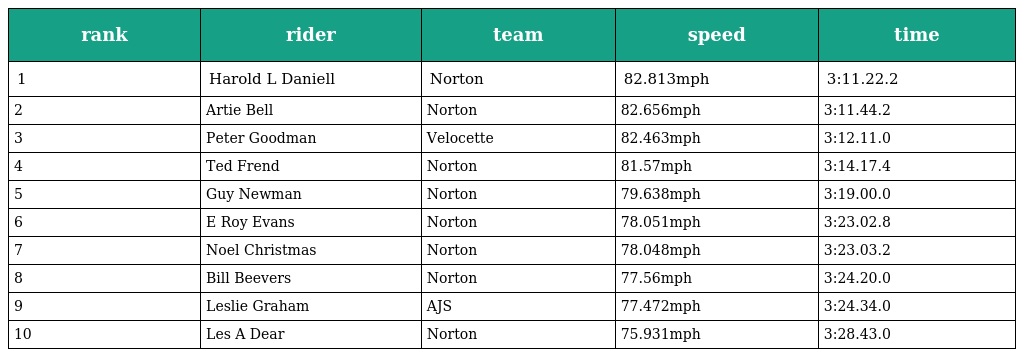
| rank | rider | team | speed | time |
 | --- | --- | --- | --- | --- |
 | 1 | Harold L Daniell | Norton | 82.813mph | 3:11.22.2 |
 | 2 | Artie Bell | Norton | 82.656mph | 3:11.44.2 |
 | 3 | Peter Goodman | Velocette | 82.463mph | 3:12.11.0 |
 | 4 | Ted Frend | Norton | 81.57mph | 3:14.17.4 |
 | 5 | Guy Newman | Norton | 79.638mph | 3:19.00.0 |
 | 6 | E Roy Evans | Norton | 78.051mph | 3:23.02.8 |
 | 7 | Noel Christmas | Norton | 78.048mph | 3:23.03.2 |
 | 8 | Bill Beevers | Norton | 77.56mph | 3:24.20.0 |
 | 9 | Leslie Graham | AJS | 77.472mph | 3:24.34.0 |
 | 10 | Les A Dear | Norton | 75.931mph | 3:28.43.0 |